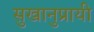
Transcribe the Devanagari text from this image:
सुखानुप्रायी